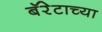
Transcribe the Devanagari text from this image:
बॅरेटाच्या